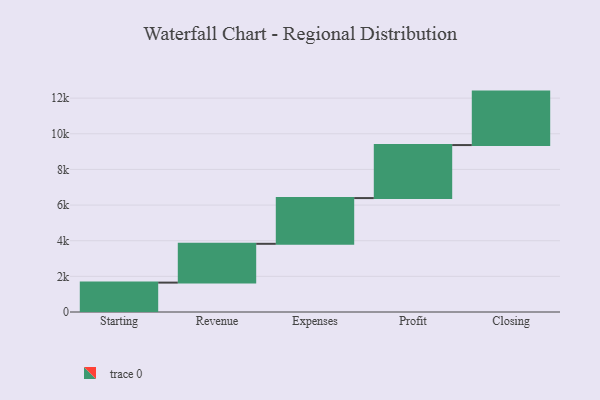
{"axis": {"x": "Step", "y": "Value"}, "legend": [""], "data": [{"x": "Starting", "y": 1649.0, "type": ""}, {"x": "Revenue", "y": 2177.0, "type": ""}, {"x": "Expenses", "y": 2566.0, "type": ""}, {"x": "Profit", "y": 2975.0, "type": ""}, {"x": "Closing", "y": 3000, "type": ""}]}